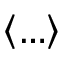
\left\langle \ldots \right\rangle